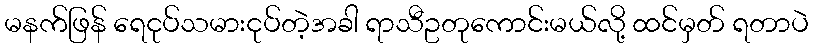
မနက်ဖြန် ရေငုပ်သမားငုပ်တဲ့အခါ ရာသီဥတုကောင်းမယ်လို့ ထင်မှတ် ရတာပဲ